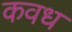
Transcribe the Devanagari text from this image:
कवध